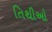
તિથીઓ